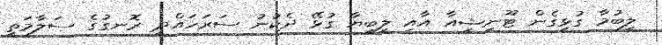
ލިބުމާ ގުޅިގެން ޓޫނިޝިއާ އާއި ލީބިޔާ ގުޅޭ ދެކުނު ސަރަހައްދީ ރޮނގުގެ ސަލާމަތީ